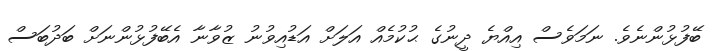
ބޭފުޅުންނެވެ. ނަމަވެސް އިއްޔެ ދީނުގެ ޙުކުމެއް އަލަށް އަޑުއިވުނު ޒުވާނާ އެބޭފުޅުންނަށް ބަދުބަސް